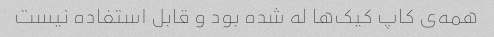
همه‌ی کاپ کیک‌ها له شده بود و قابل استفاده نیست